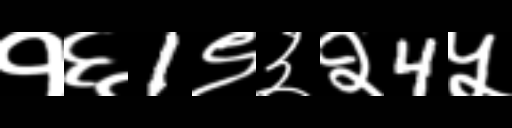
Text: १६1९३२4५